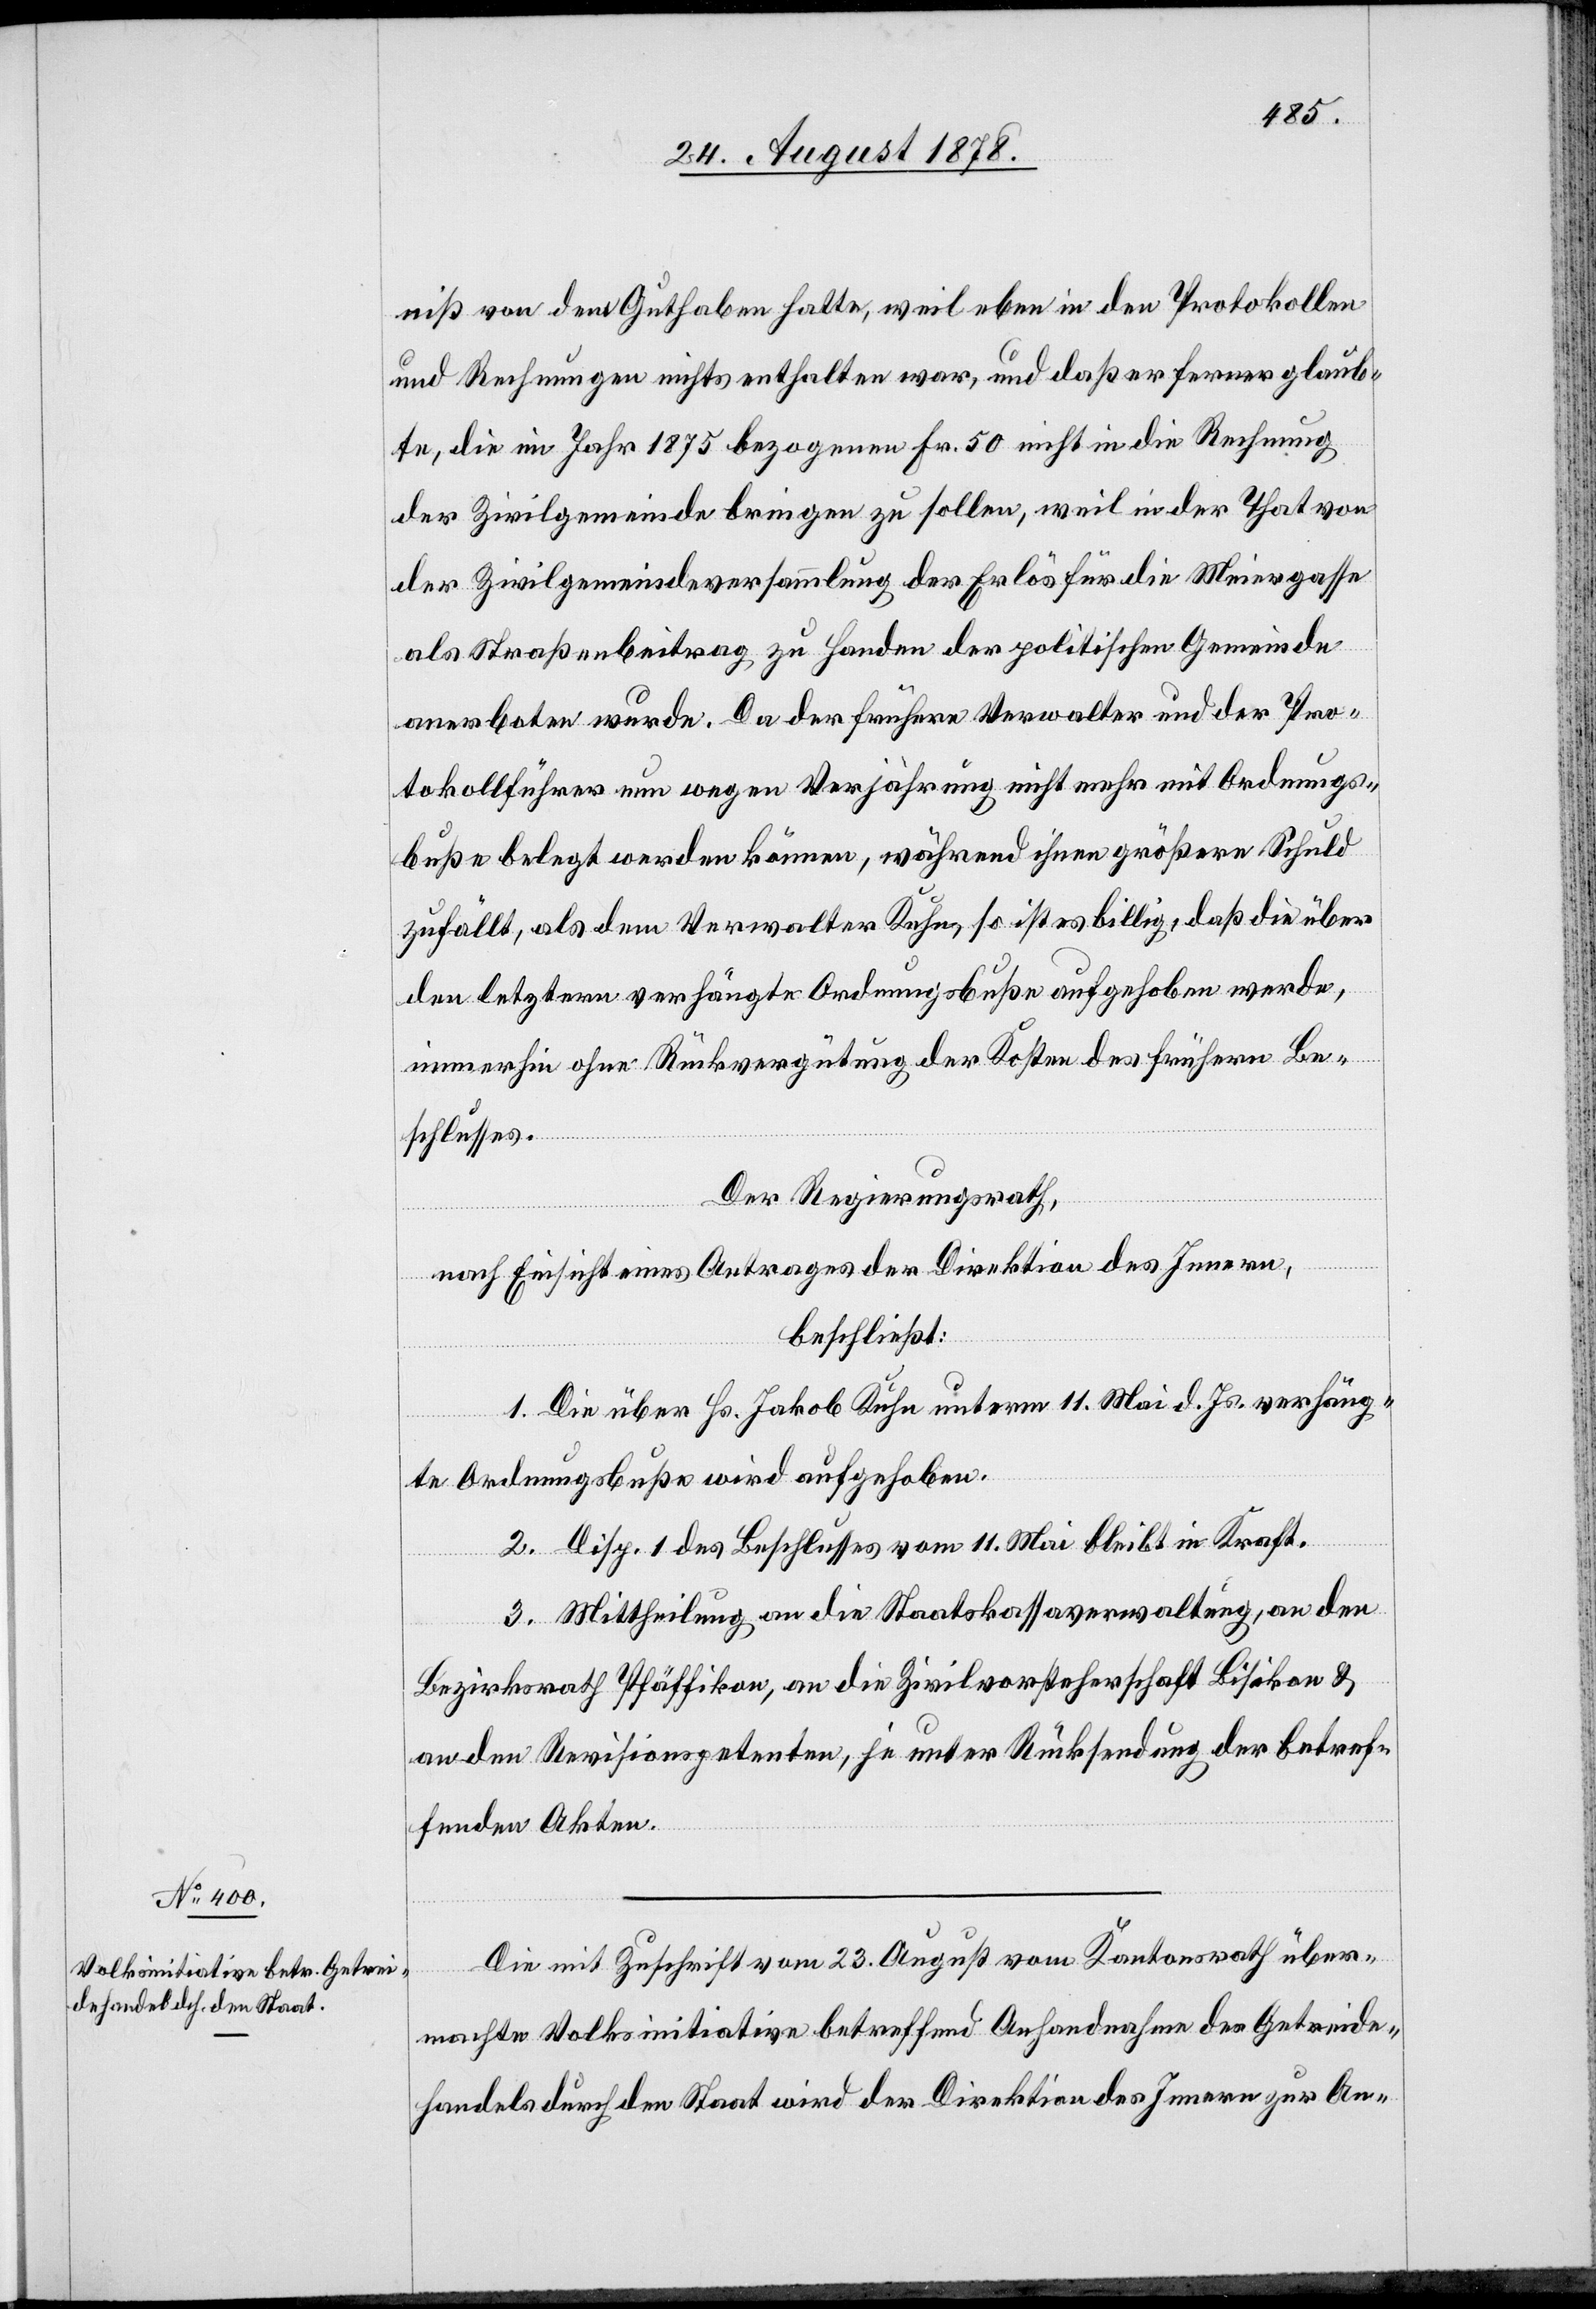
niß von dem Guthaben hatte, weil eben in den Protokollen
und Rechnungen nichts enthalten war, und daß er ferner glaub¬
te, die im Jahr 1875 bezogenen Fr. 50 nicht in die Rechnung
der Zivilgemeinde bringen zu sollen, weil in der That von
der Zivilgemeindeversammlung der Erlös für die Meiergasse
als Straßenbeitrag zu Handen der politischen Gemeinde
anerboten wurde. Da der frühere Verwalter und der Pro¬
tokollführer nun wegen Verjährung nicht mehr mit Ordnungs¬
buße belegt werden können, während ihnen größere Schuld
zufällt, als dem Verwalter Kuhn, so ist es billig, daß die über
den letztern verhängte Ordnungsbuße aufgehoben werde,
immerhin ohne Rückvergütung der Kosten des frühern Be¬
schlusses.
Der Regierungsrath,
nach Einsicht eines Antrages der Direktion des Innern,
beschließt:
1. Die über Hs. Jakob Kuhn unterm 11. Mai d. Js. verhäng¬
te Ordnungsbuße wird aufgehoben.
2. Disp. 1 des Beschlusses vom 11. Mai bleibt in Kraft.
3. Mittheilung an die Staatskassaverwaltung, an den
Bezirksrath Pfäffikon, an die Zivilvorsteherschaft Bisikon &
an den Revisionspetenten, je unter Rücksendung der betref¬
fenden Akten.
Die mit Zuschrift vom 23. August vom Kantonsrath über¬
machte Volkskinitiative betreffend Anhandnahme des Getreide¬
handels durch den Staat wird der Direktion des Innern zur An-